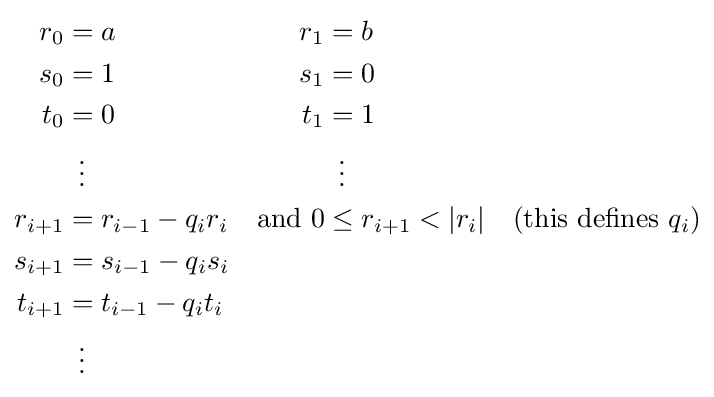
{\begin{aligned}r_{0}&=a&r_{1}&=b\\s_{0}&=1&s_{1}&=0\\t_{0}&=0&t_{1}&=1\\&\,\,\,\vdots &&\,\,\,\vdots \\r_{i+1}&=r_{i-1}-q_{i}r_{i}&{\text{and }}0&\leq r_{i+1}<|r_{i}|&{\text{(this defines }}q_{i}{\text{)}}\\s_{i+1}&=s_{i-1}-q_{i}s_{i}\\t_{i+1}&=t_{i-1}-q_{i}t_{i}\\&\,\,\,\vdots \end{aligned}}